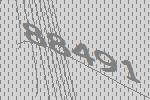
88491